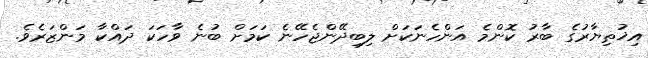
އިޚުތިޔާރުގެ ބާރު ކޮންމެ އަންހެނަކަށް ލިބިދޭންޖެހޭނެ ކަމަށް ބުނެ ވާހަކަ ދައްކާ މަންޒަރެވެ.